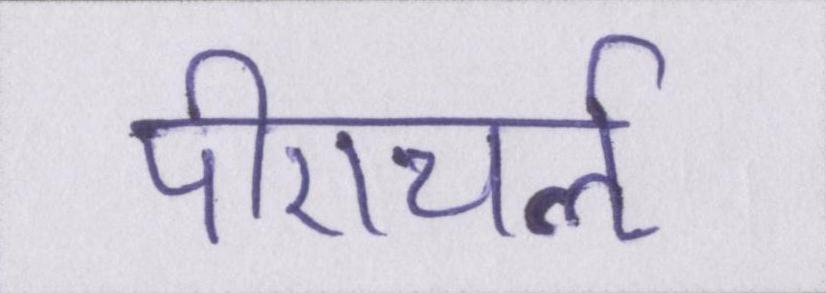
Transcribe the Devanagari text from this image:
पीएचर्ऌ